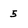
Character: 5